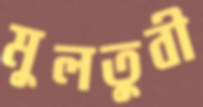
মুলতুবী